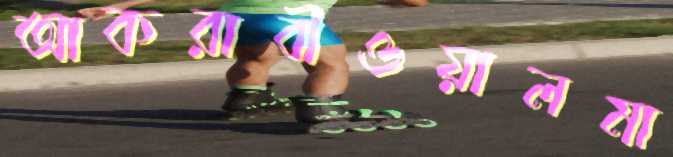
আকরাবীওয়ালমা